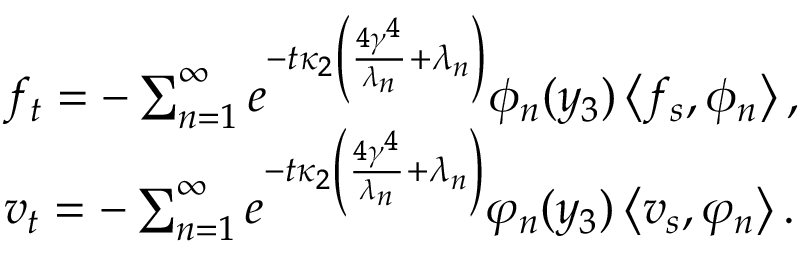
\begin{array} { r l } & { f _ { t } = - \sum _ { n = 1 } ^ { \infty } e ^ { - t \kappa _ { 2 } \left( \frac { 4 \gamma ^ { 4 } } { \lambda _ { n } } + \lambda _ { n } \right) } \phi _ { n } ( y _ { 3 } ) \left\langle f _ { s } , \phi _ { n } \right\rangle , } \\ & { v _ { t } = - \sum _ { n = 1 } ^ { \infty } e ^ { - t \kappa _ { 2 } \left( \frac { 4 \gamma ^ { 4 } } { \lambda _ { n } } + \lambda _ { n } \right) } \varphi _ { n } ( y _ { 3 } ) \left\langle v _ { s } , \varphi _ { n } \right\rangle . } \end{array}